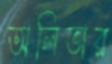
অলিভার